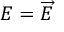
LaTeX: E = { \overrightarrow { E } }